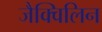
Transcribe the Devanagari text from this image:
जैक्विलिन